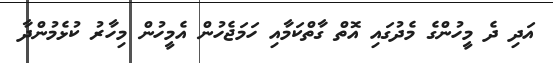
އަދި ދެ މީހުންގެ މެދުގައި އޮތް ގާތްކަމާއި ހަމަޖެހުން އެމީހުން މިހާރު ކުޅެމުންދާ